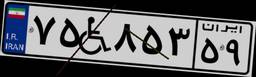
۷۵W۸۵۳۵۹